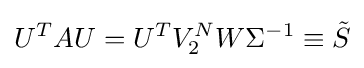
U^{T}AU=U^{T}V_{2}^{N}W\Sigma ^{-1}\equiv {\tilde {S}}